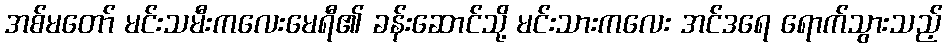
အစ်မတော် မင်းသမီးကလေးမေရီ၏ ခန်းဆောင်သို့ မင်းသားကလေး အင်ဒရေ ရောက်သွားသည့်